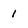
Character: 1